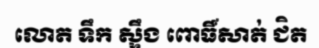
លោត ទឹក ស្ទឹង ពោធិ៍សាត់ ជិត